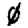
Digit: 0